Specificity of antivenomous sera - Number 5
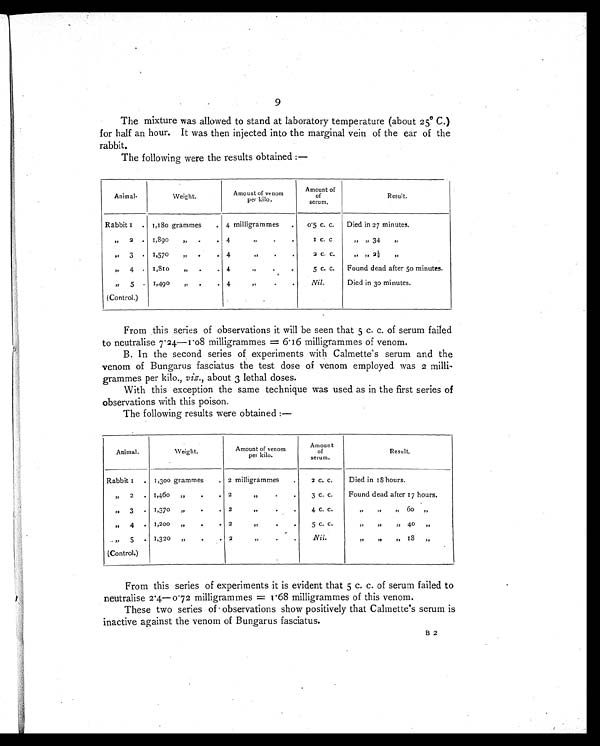
9
The mixture was allowed to stand at laboratory temperature (about 25°C.)
for half an hour. It was then injected into the marginal vein of the ear of the
rabbit.
The following were the results obtained :—
Animal.
Weight.
Amount of venom
per kilo.
Amount of
of
serum.
Result.
Rabbit 1 . 1,180 grammes
. 4 milligrammes
.
0.5 c.c.
Died in 27 minutes.
,,
2 . 1,890
,,
. .
4
,,
. .
1
c.c.
,, ,,
34
,,
,, 3 . 1,570
,,
. .
4
,,
.
.
2 c. c.
,, ,,
2 ½
,,
,,
4 . 1,810
,,
. .
4
,,
. .
5 c.c.
Found dead after 50 minutes.
,,
5
.
(Control.)
1,490
,, . .
4
,,
.
.
Nil.
Died in 30 minutes.
From this series of observations it will be seen that 5 c. c. of serum failed
to neutralise 7.24—1.08 milligrammes = 6.16 milligrammes of venom.
B. In the second series of experiments with Calmette's serum and the
venom of Bungarus fasciatus the test dose of venom employed was 2 milli
grammes per kilo., viz., about 3 lethal doses.
With this exception the same technique was used as in the first series of
observations with this poison.
The following results were obtained :—
Animal.
Weight.
Amount of venom
per kilo.
Amount
of
serum.
Result.
Rabbit 1 . 1,300 grammes
. 2 milligrammes
.
2 C. C.
Died in 18 hours.
„ 2 . 1,460 ,,
.
. 2
,,
.
3 C. C.
Found dead after 17 hours.
,,
3 . 1,370
,,
. 2
,,
.
4 C. C.
,, ,,
,,
60
,,
,, 4 . 1,200 „
.
2
,,
.
5 C. C.
,, ,, ,,
40
,,
,, 5 .
(Control.)
1,320 ,,
.
2
,,
.
Nil.
,, ,, ,,
1
8
„
From this series of experiments it is evident that 5 c. c. of serum failed to
neutralise 2.4—0.72 milligrammes =
1.68 milligrammes of this venom.
These two series of observations show positively that Calmette's serum is
inactive against the venom of Bungarus fasciatus.
B 2